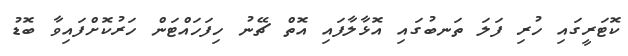
ކޮޓަރީގައި ހުރި ފަލަ ތަނބުގައި އޮޅާލާފައި އޮތް ޗޭނު ހިފަހައްޓަން ހަރުކޮށްފައިވާ ބޮޑު